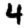
Digit: 4